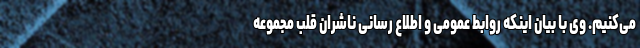
می‌کنیم. وی با بیان اینکه روابط عمومی و اطلاع رسانی ناشران قلب مجموعه